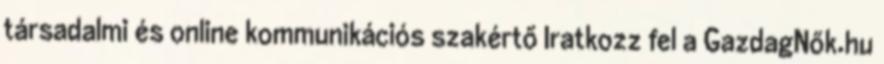
társadalmi és online kommunikációs szakértő Iratkozz fel a GazdagNők.hu